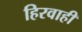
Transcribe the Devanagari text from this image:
हिरवाही